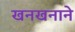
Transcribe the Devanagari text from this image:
खनखनाने